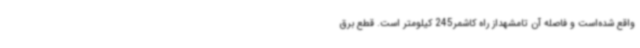
واقع شده‌است و فاصله آن تامشهداز راه کاشمر245 کیلومتر است. قطع برق